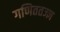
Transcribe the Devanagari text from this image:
गणिततज्ज्ञ